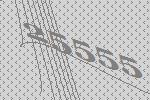
25555